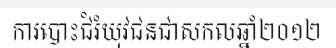
ការបោះជំរំយុវជនជាសកលឆ្នាំ២០១២